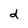
Character: d